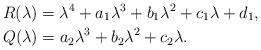
LaTeX: \begin{align*}&R(\lambda)=\lambda^{4}+a_{1}\lambda^{3}+b_{1}\lambda^{2}+c_{1}\lambda+d_{1}, \\&Q(\lambda)=a_{2}\lambda^{3}+b_{2}\lambda^{2}+c_{2}\lambda.\end{align*}